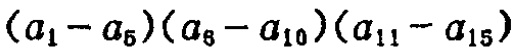
\((a_{1} - a_{5})(a_{8} - a_{10})(a_{11} - a_{15})\)